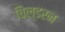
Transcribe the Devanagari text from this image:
चिल्डरन